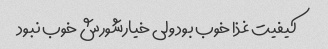
کیفیت غذا خوب بود ولی خیارشورش خوب نبود